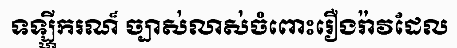
ទឡ្ហីករណ៏ ច្បាស់លាស់ចំពោះរឿងរ៉ាវដែល